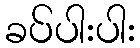
ခပ်ပါးပါး